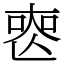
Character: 𠷔